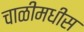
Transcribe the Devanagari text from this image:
चाळीमधीस